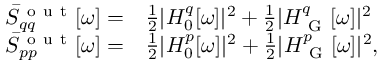
\begin{array} { r l } { \bar { S } _ { q q } ^ { \mathrm { ~ o ~ u ~ t ~ } } [ \omega ] = } & { { } \frac { 1 } { 2 } | H _ { 0 } ^ { q } [ \omega ] | ^ { 2 } + \frac { 1 } { 2 } | H _ { \mathrm { ~ G ~ } } ^ { q } [ \omega ] | ^ { 2 } } \\ { \bar { S } _ { p p } ^ { \mathrm { ~ o ~ u ~ t ~ } } [ \omega ] = } & { { } \frac { 1 } { 2 } | H _ { 0 } ^ { p } [ \omega ] | ^ { 2 } + \frac { 1 } { 2 } | H _ { \mathrm { ~ G ~ } } ^ { p } [ \omega ] | ^ { 2 } , } \end{array}